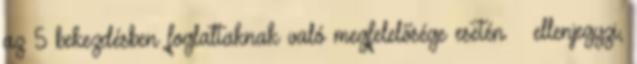
az 5 bekezdésben foglaltaknak való megfelelősége esetén – ellenjegyzi,